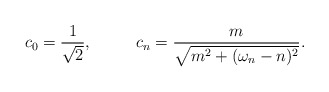
\begin{align*}c_0 = {1\over \sqrt{2}}, ~~~~~~~~ c_n = {m \over \sqrt{m^2 + (\omega_n- n)^2}}.\end{align*}